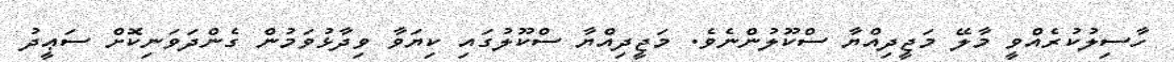
ހާސިލުކުރެއްވީ މާލޭ މަޖީދިއްޔާ ސްކޫލުންނެވެ. މަޖީދިއްޔާ ސްކޫލުގައި ކިޔަވާ ވިދާޅުވަމުން ގެންދަވަނިކޮށް ސަޢީދު